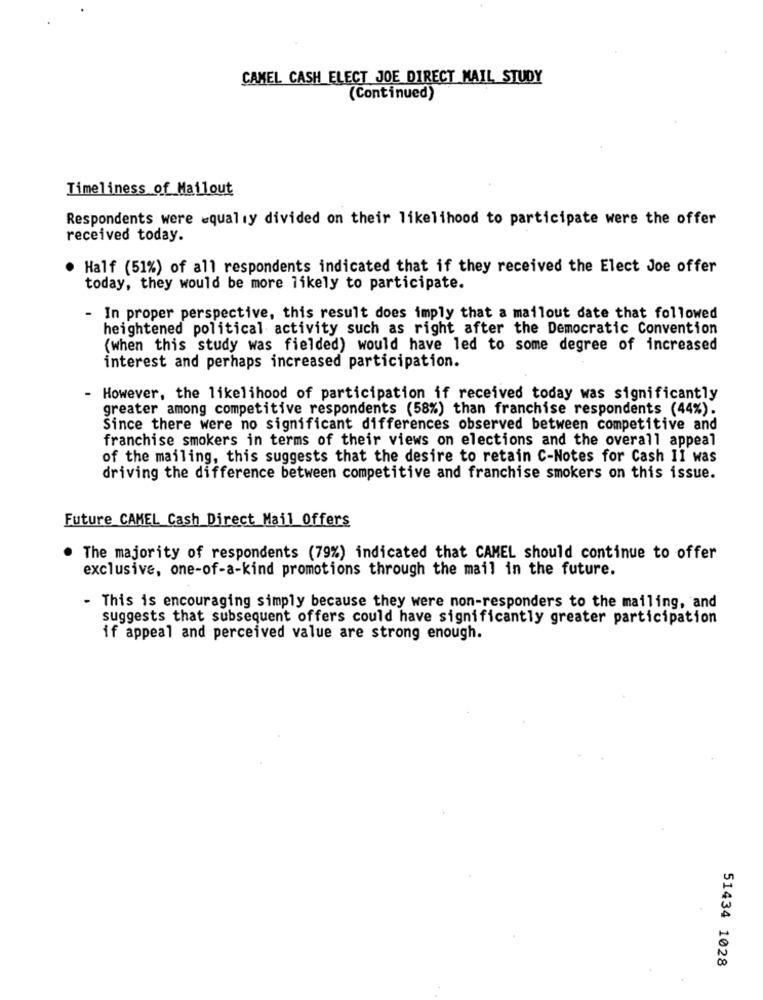
CAMEL CASH ELECT JOE DIRECT MAIL STUDY
(Continued)
Timeliness of Mailout
Respondents were =qualiy divided on their likelihood to participate were the offer
received today.
Half (51%) of all respondents indicated that if they received the Elect Joe offer
today, they would be more likely to participate.
- In proper perspective, this result does imply that a mailout date that followed
heightened political activity such as right after the Democratic Convention
(when this study was fielded) would have led to some degree of increased
interest and perhaps increased participation.
However, the likelihood of participation if received today was significantly
greater among competitive respondents (58%) than franchise respondents (44%).
Since there were no significant differences observed between competitive and
franchise smokers in terms of their views on elections and the overall appeal
of the mailing, this suggests that the desire to retain C-Notes for Cash II was
driving the difference between competitive and franchise smokers on this issue.
Future CAMEL Cash Direct Mail Offers
The majority of respondents (79%) indicated that CAMEL should continue to offer
exclusive, one-of-a-kind promotions through the mail in the future.
- This is encouraging simply because they were non-responders to the mailing, and
suggests that subsequent offers could have significantly greater participation
if appeal and perceived value are strong enough.
51434 1028